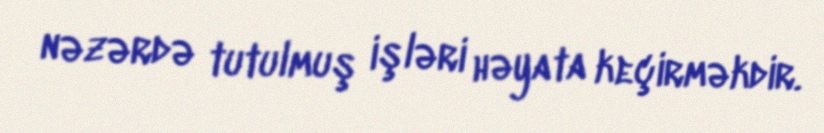
nəzərdə tutulmuş işləri həyata keçirməkdir.